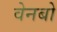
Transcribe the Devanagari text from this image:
वेनबो